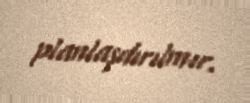
planlaşdırılmır.